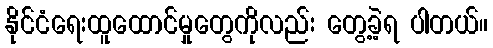
နိုင်ငံရေးထူထောင်မှုတွေကိုလည်း တွေ့ခဲ့ရ ပါတယ်။